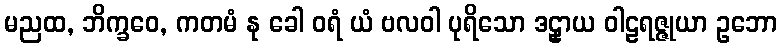
မညထ, ဘိက္ခဝေ, ကတမံ နု ခေါ ဝရံ ယံ ဗလဝါ ပုရိသော ဒဠှာယ ဝါဠရဇ္ဇုယာ ဥဘော